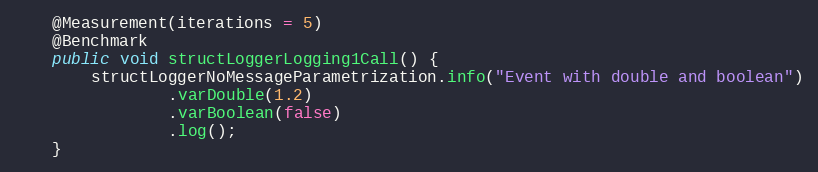
Language: Java
    @Measurement(iterations = 5)
    @Benchmark
    public void structLoggerLogging1Call() {
        structLoggerNoMessageParametrization.info("Event with double and boolean")
                .varDouble(1.2)
                .varBoolean(false)
                .log();
    }